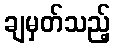
ချမှတ်သည့်